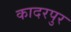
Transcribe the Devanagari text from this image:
कादरपुर